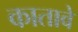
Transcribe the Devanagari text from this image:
कातावे